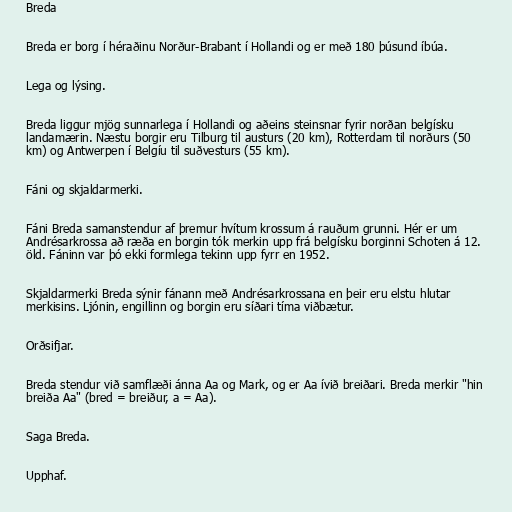
Breda

Breda er borg í héraðinu Norður-Brabant í Hollandi og er með 180 þúsund íbúa.

Lega og lýsing.

Breda liggur mjög sunnarlega í Hollandi og aðeins steinsnar fyrir norðan belgísku
landamærin. Næstu borgir eru Tilburg til austurs (20 km), Rotterdam til norðurs (50
km) og Antwerpen í Belgíu til suðvesturs (55 km).

Fáni og skjaldarmerki.

Fáni Breda samanstendur af þremur hvítum krossum á rauðum grunni. Hér er um
Andrésarkrossa að ræða en borgin tók merkin upp frá belgísku borginni Schoten á 12.
öld. Fáninn var þó ekki formlega tekinn upp fyrr en 1952.

Skjaldarmerki Breda sýnir fánann með Andrésarkrossana en þeir eru elstu hlutar
merkisins. Ljónin, engillinn og borgin eru síðari tíma viðbætur.

Orðsifjar.

Breda stendur við samflæði ánna Aa og Mark, og er Aa ívið breiðari. Breda merkir "hin
breiða Aa" (bred = breiður, a = Aa).

Saga Breda.

Upphaf.